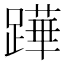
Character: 𨅯